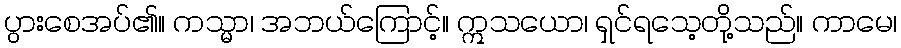
ပွားစေအပ်၏။ ကသ္မာ၊ အဘယ်ကြောင့်။ ဣသယော၊ ရှင်ရသေ့တို့သည်။ ကာမေ၊